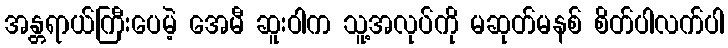
အန္တရာယ်ကြီးပေမဲ့ အေမီ ဆူးဝါက သူ့အလုပ်ကို မဆုတ်မနစ် စိတ်ပါလက်ပါ